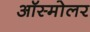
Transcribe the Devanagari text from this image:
ऑस्मोलर